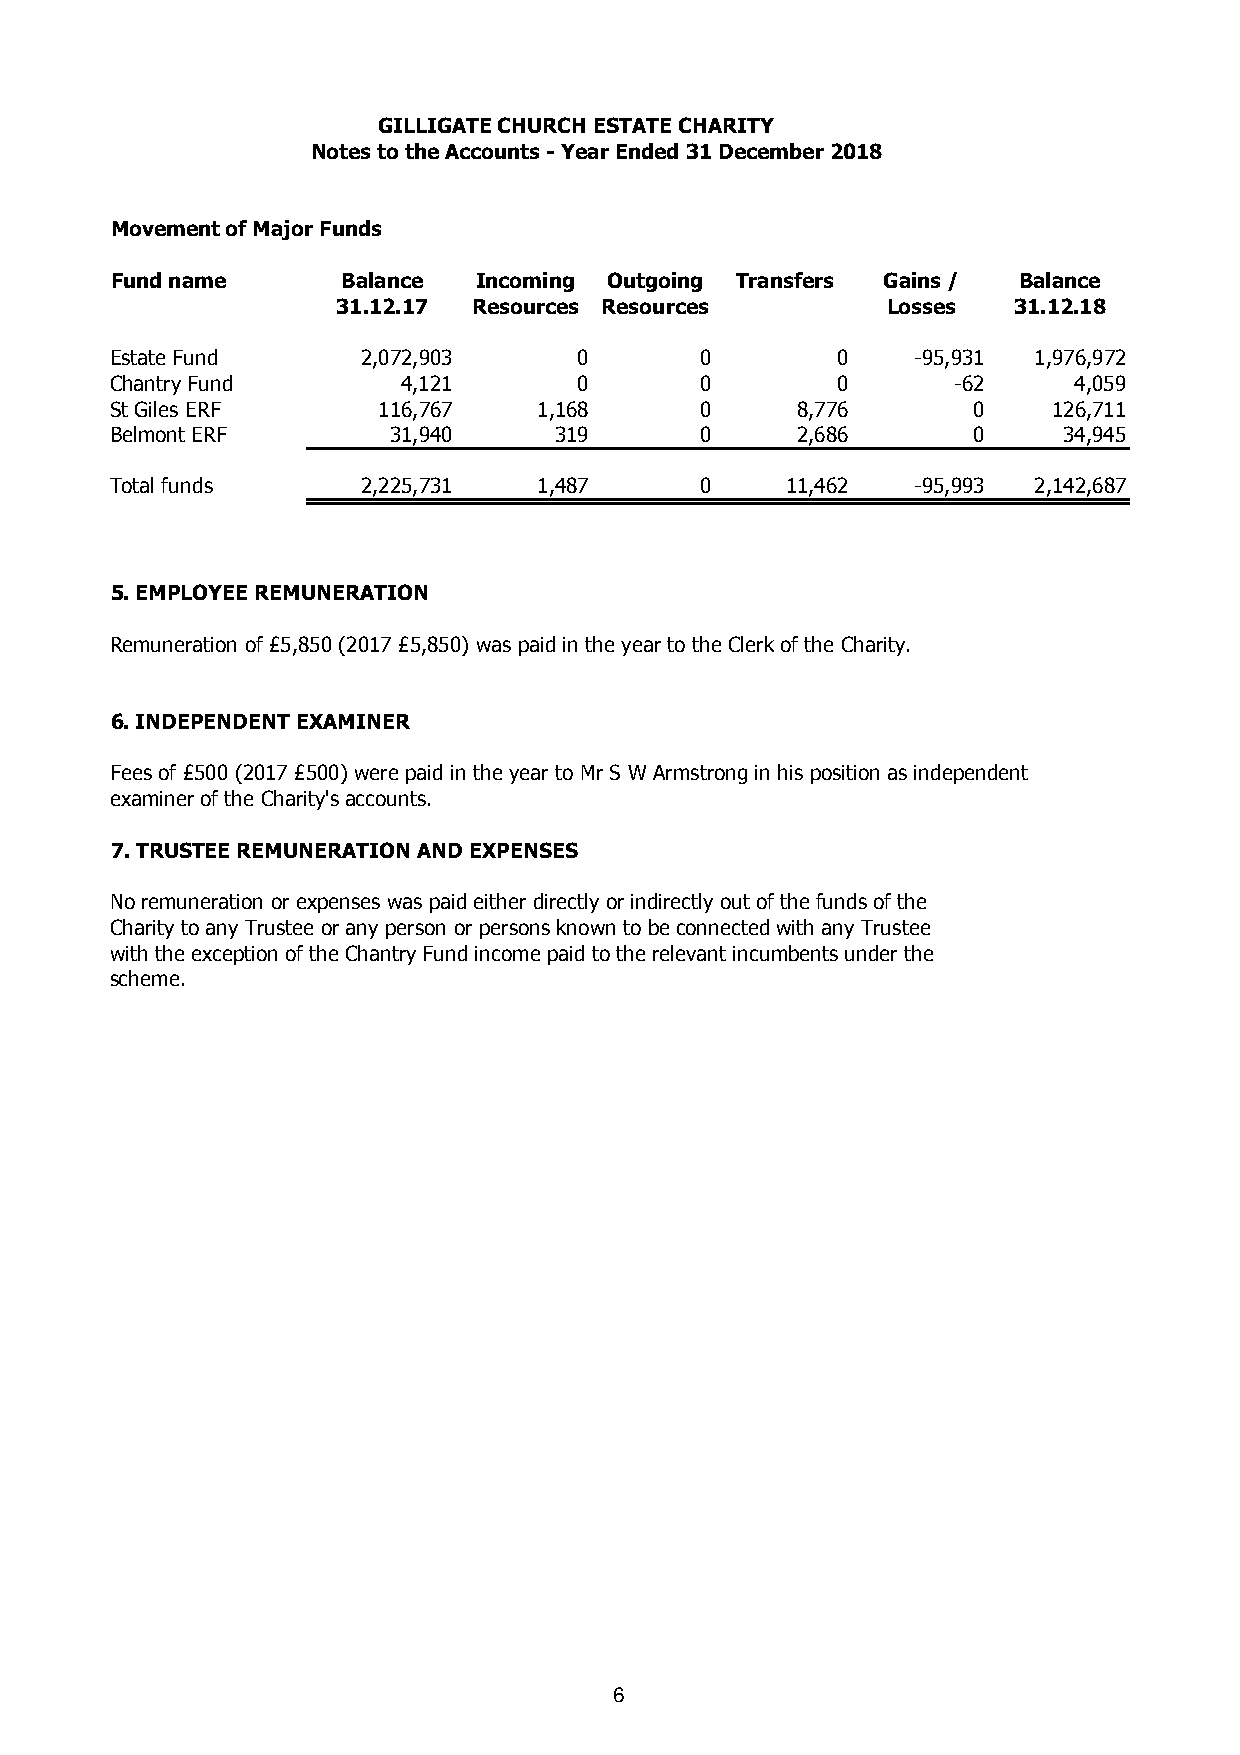
GILLIGATE CHURCH ESTATE CHARITY
 Notes to the Accounts - Year Ended 31 December 2018
 Movement of Major Funds
 Fund name       Balance Incoming Outgoing Transfers Gains / Balance
 31.12.17 Resources Resources         Losses  31.12.18
 Estate Fund      2,072,903     0       0        0     -95,931 1,976,972
 Chantry Fund        4,121      0       0        0       -62     4,059
 St Giles ERF      116,767    1,168     0      8,776      0     126,711
 Belmont ERF        31,940     319      0      2,686      0     34,945
 Total funds      2,225,731   1,487     0     11,462   -95,993 2,142,687
 5. EMPLOYEE REMUNERATION
 Remuneration of £5,850 (2017 £5,850) was paid in the year to the Clerk of the Charity.
 6. INDEPENDENT EXAMINER
 Fees of £500 (2017 £500) were paid in the year to Mr S W Armstrong in his position as independent
 examiner of the Charity's accounts.
 7. TRUSTEE REMUNERATION AND EXPENSES
 No remuneration or expenses was paid either directly or indirectly out of the funds of the
 Charity to any Trustee or any person or persons known to be connected with any Trustee
 with the exception of the Chantry Fund income paid to the relevant incumbents under the
 scheme.
 6